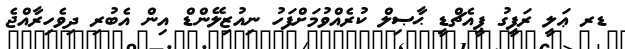
ޑރ ޢަލީ ރަފީގު ޕީއެޗްޑީ ޙާޞިލް ކުރެއްވުމަށްފަހު ނިއުޒިލޭންޑް އިން އެބުރި ދިވެހިރާއްޖެ